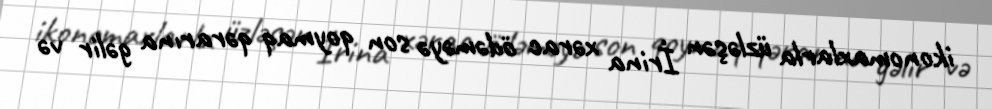
ikonomaxlarla üzləşən İrina xərac ödəməyə son qoymaq qərarına gəlir və